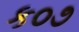
ક૦૭